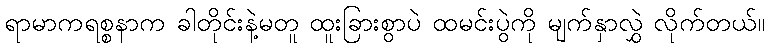
ရာမာကရစ္စနာက ခါတိုင်းနဲ့မတူ ထူးခြားစွာပဲ ထမင်းပွဲကို မျက်နှာလွှဲ လိုက်တယ်။